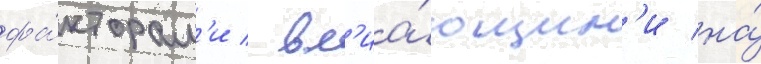
фа́кторам'и / вл'иа́ющим'и на́